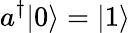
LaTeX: a^{\dagger}|0\rangle=|1\rangle